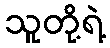
သူတို့ရဲ့